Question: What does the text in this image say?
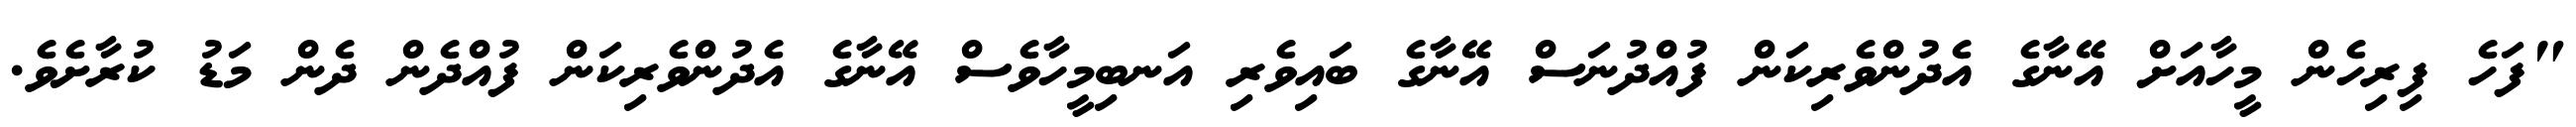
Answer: "ފަހެ ފިރިހެން މީހާއަށް އޭނާގެ އެދުންވެރިކަން ފުއްދުނަސް އޭނާގެ ބައިވެރި އަނބިމީހާވެސް އޭނާގެ އެދުންވެރިކަން ފުއްދެން ދެން މަޑު ކުރާށެވެ.